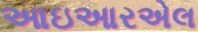
આઇઆરએલ